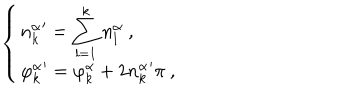
LaTeX: \left\{ \left\{ \begin{cases} { { \displaystyle { n _ { k } ^ { \alpha } } ^ { \prime } = \sum _ { l = 1 } ^ { k } n _ { l } ^ { \alpha } \ , } } \\ { { \displaystyle { \varphi _ { k } ^ { \alpha } } ^ { \prime } = \varphi _ { k } ^ { \alpha } + 2 { n _ { k } ^ { \alpha } } ^ { \prime } \pi \ , } } \\ \end{cases} \right. \right.